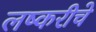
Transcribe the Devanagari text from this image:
लष्करीचे